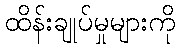
ထိန်းချုပ်မှုများကို